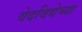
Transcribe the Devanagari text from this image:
वेदविद्येच्या